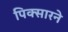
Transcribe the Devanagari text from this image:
पिक्सारने